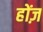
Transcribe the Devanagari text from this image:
होंज़